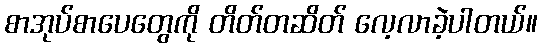
စာအုပ်စာပေတွေကို တိတ်တဆိတ် လေ့လာခဲ့ပါတယ်။